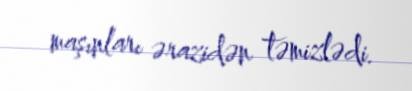
maşınları ərazidən təmizlədi.